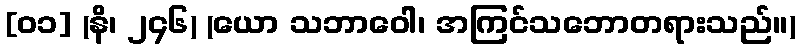
[၀၁] (နိ၊ ၂၄၆) (ယော သဘာဝေါ၊ အကြင်သဘောတရားသည်။)